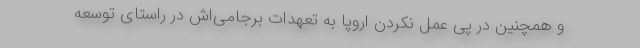
و همچنین در پی عمل نکردن اروپا به تعهدات برجامی‌اش در راستای توسعه